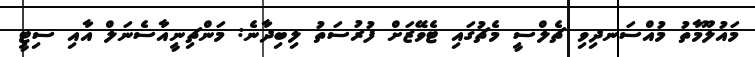
މައުލޫމާތު މުއްސަނދިވި ޗެލްސީ މެޗުގައި ޓެވޭޒަށް ފުރުސަތު ލިބިދާނެ: މަންޗިނީއާސެނަލް އާއި ސިޓީ